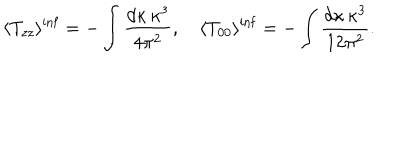
LaTeX: \langle T _ { z z } \rangle ^ { \mathrm { i n f } } = - \int \frac { d \kappa \, \kappa ^ { 3 } } { 4 \pi ^ { 2 } } , \quad \langle T _ { 0 0 } \rangle ^ { \mathrm { i n f } } = - \int \frac { d \kappa \, \kappa ^ { 3 } } { 1 2 \pi ^ { 2 } } .